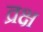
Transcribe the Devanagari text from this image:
व्रक्ष